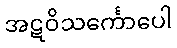
အဋဝိသင်္ကောပေါ